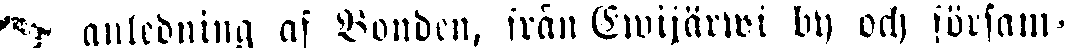
anledning af Bonden, från Emijärwi by och försam-